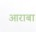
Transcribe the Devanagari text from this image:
आराबा